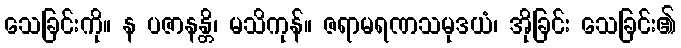
သေခြင်းကို။ န ပဇာနန္တိ၊ မသိကုန်။ ဇရာမရဏသမုဒယံ၊ အိုခြင်း သေခြင်း၏